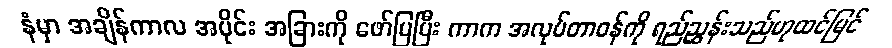
နံမှာ အချိန်ကာလ အပိုင်း အခြားကို ဖော်ပြပြီး ကာက အလုပ်တာဝန်ကို ရည်ညွှန်းသည်ဟုထင်မြင်